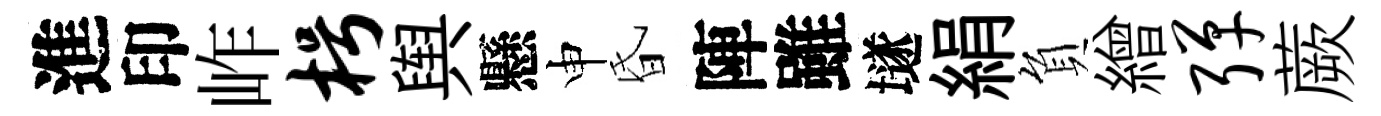
進印岞枵舆懸申昏陣雖𡑞絹負繒弹蕨